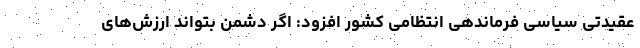
عقیدتی سیاسی فرماندهی انتظامی کشور افزود: اگر دشمن بتواند ارزش‌های